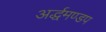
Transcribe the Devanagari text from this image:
अर्द्धमण्डप